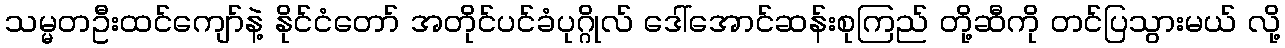
သမ္မတဦးထင်ကျော်နဲ့ နိုင်ငံတော် အတိုင်ပင်ခံပုဂ္ဂိုလ် ဒေါ်အောင်ဆန်းစုကြည် တို့ဆီကို တင်ပြသွားမယ် လို့